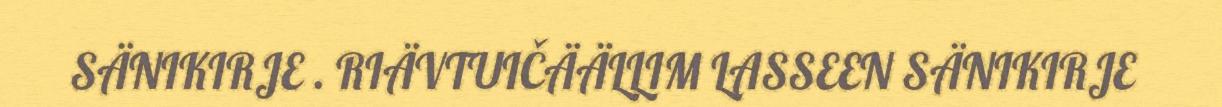
SÄNIKIRJE . RIÄVTUIČÄÄLLIM LASSEEN SÄNIKIRJE